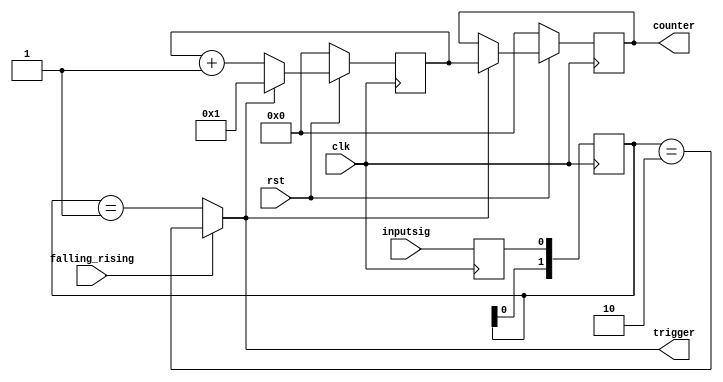
module CounterModule(
    input inputsig,
    input clk,
    input rst,
    input falling_rising,
    output reg [31:0] counter,
    output trigger
    );

    reg [1:0] FallingPulse;
    reg inputSig_d;

    reg [31:0] internalCounter;

    assign trigger = falling_rising? (FallingPulse==2'b10) : (FallingPulse==2'b01);

    always @(posedge clk) begin
        inputSig_d <= inputsig;
        FallingPulse <= {FallingPulse[0],inputSig_d};
        if (~rst) begin
            internalCounter <= 0;
            counter <= 0;
        end
        else begin
            if (trigger) begin
                internalCounter <= 1;
                counter <= internalCounter;
            end
            else begin
                internalCounter <= internalCounter + 1;
            end
        end
    end
endmodule